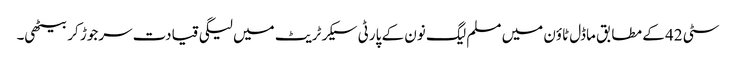
سٹی 42 کے مطابق ماڈل ٹاؤن میں مسلم لیگ نون کے پارٹی سیکرٹریٹ میں لیگی قیادت سرجوڑ کر بیٹھی۔